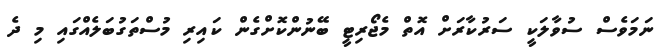
ނަމަވެސް ސުވާލަކީ ސަރުކާރަށް އޮތް މެޖޯރިޓީ ބޭނުންކޮށްގެން ކައިރި މުސްތަގުބަލެއްގައި މި ދެ